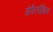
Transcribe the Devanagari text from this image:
सेफैलोथिन